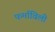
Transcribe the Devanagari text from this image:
फर्माविली